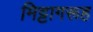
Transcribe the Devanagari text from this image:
मिट्टागरूह